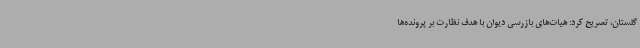
گلستان، تصریح کرد: هیات‌های بازرسی دیوان با هدف نظارت بر پرونده‌ها